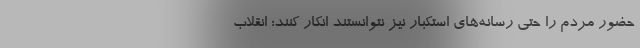
حضور مردم را حتی رسانه‌های استکبار نیز نتوانستند انکار کنند؛ انقلاب